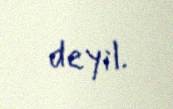
deyil.